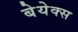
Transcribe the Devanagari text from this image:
बेयेक्स